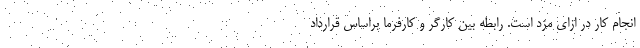
انجام کار در ازای مزد است. رابطه بین کارگر و کارفرما براساس قرارداد